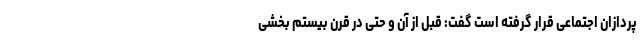
پردازان اجتماعی قرار گرفته است گفت: قبل از آن و حتی در قرن بیستم بخشی